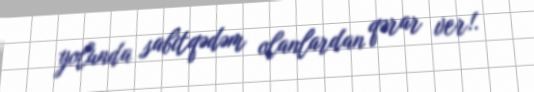
yolunda sabitqədəm olanlardan qərar ver!.